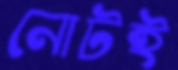
নোটই